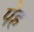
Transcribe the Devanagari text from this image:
पेह